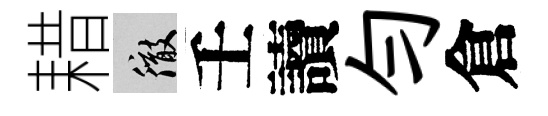
耤徹壬讀勻倉